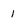
Character: 1